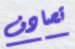
تصادف